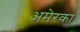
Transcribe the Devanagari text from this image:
अमेरका